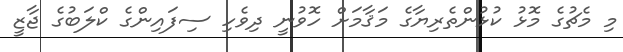
މި މެޗުގެ މޮޅު ކުޅުންތެރިޔާގެ މަޤާމަށް ހޮވުނީ ދިވެހި ސިފައިންގެ ކްލަބުގެ ޖާޒީ